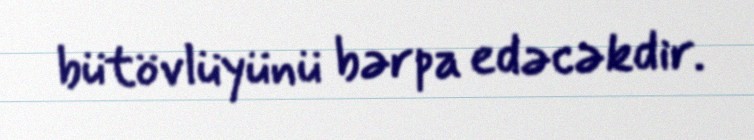
bütövlüyünü bərpa edəcəkdir.